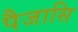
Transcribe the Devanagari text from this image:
पैजासि